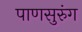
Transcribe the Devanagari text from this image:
पाणसुरुंग